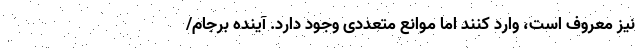
نیز معروف است، وارد کنند اما موانع متعددی وجود دارد. آینده برجام/